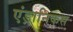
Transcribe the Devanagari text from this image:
एंड्रानिकस